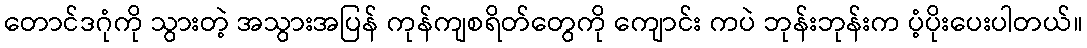
တောင်ဒဂုံကို သွားတဲ့ အသွားအပြန် ကုန်ကျစရိတ်တွေကို ကျောင်း ကပဲ ဘုန်းဘုန်းက ပံ့ပိုးပေးပါတယ်။